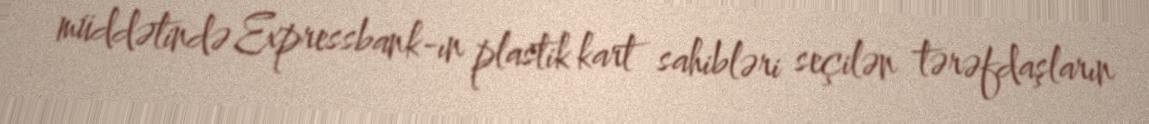
müddətində Expressbank-ın plastik kart sahibləri seçilən tərəfdaşların